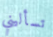
تسأليني